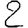
Digit: 2